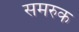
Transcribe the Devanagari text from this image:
समरुक